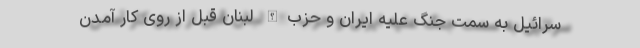
سرائیل به سمت جنگ علیه ایران و حزب‌الله لبنان قبل از روی کار آمدن